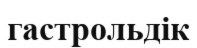
гастрольдік